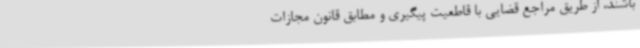
باشند، از طریق مراجع قضایی با قاطعیت پیگیری و مطابق قانون مجازات